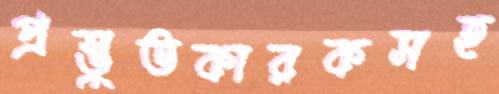
প্রস্তুতকারকসহ